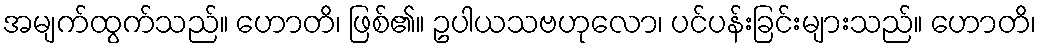
အမျက်ထွက်သည်။ ဟောတိ၊ ဖြစ်၏။ ဥပါယသဗဟုလော၊ ပင်ပန်းခြင်းများသည်။ ဟောတိ၊